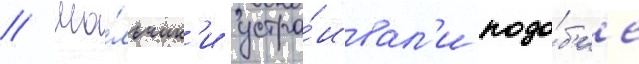
// Ма́льчик'и устра́ивал'и подо́б'ие